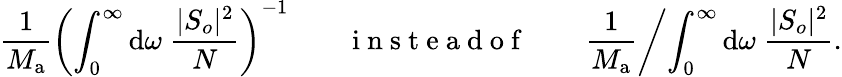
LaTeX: \frac{1}{M_{\mathrm{a}}}\left(\int_{0}^{\infty}\mathrm{d}\omega\; \frac{|S_{o}|^{2}}{N}\right)^{-1}\qquad\mathrm{~i~n~s~t~e~a~d~o~f~}\qquad\frac{1}{M_{\mathrm{a}}}\biggl/\int_{0}^{\infty}\mathrm{d}\omega\; \frac{|S_{o}|^{2}}{N}.